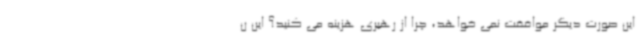
این صورت دیگر موافقت نمی خواهد، چرا از رهبری هزینه می کنید؟ این ن